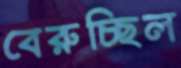
বেরুচ্ছিল